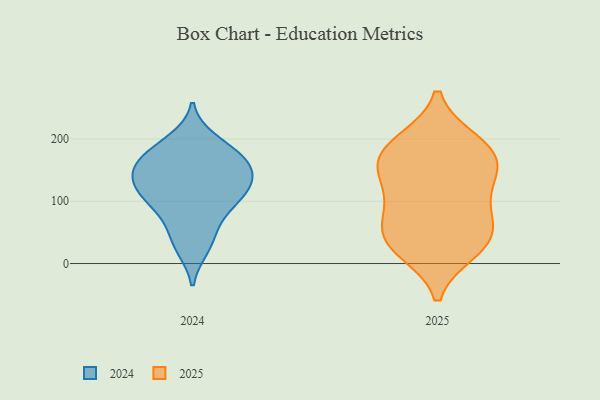
{"axis": {"x": "Latency (ms)", "y": "Value"}, "legend": ["2024", "2025"], "data": [{"x": "", "y": 90, "type": "2024"}, {"x": "", "y": 123, "type": "2024"}, {"x": "", "y": 85, "type": "2024"}, {"x": "", "y": 32, "type": "2024"}, {"x": "", "y": 121, "type": "2024"}, {"x": "", "y": 58, "type": "2024"}, {"x": "", "y": 124, "type": "2024"}, {"x": "", "y": 163, "type": "2024"}, {"x": "", "y": 160, "type": "2024"}, {"x": "", "y": 178, "type": "2024"}, {"x": "", "y": 148, "type": "2024"}, {"x": "", "y": 198, "type": "2024"}, {"x": "", "y": 188, "type": "2024"}, {"x": "", "y": 151, "type": "2024"}, {"x": "", "y": 25, "type": "2024"}, {"x": "", "y": 159, "type": "2024"}, {"x": "", "y": 116, "type": "2024"}, {"x": "", "y": 109, "type": "2024"}, {"x": "", "y": 67, "type": "2025"}, {"x": "", "y": 47, "type": "2025"}, {"x": "", "y": 91, "type": "2025"}, {"x": "", "y": 113, "type": "2025"}, {"x": "", "y": 195, "type": "2025"}, {"x": "", "y": 29, "type": "2025"}, {"x": "", "y": 40, "type": "2025"}, {"x": "", "y": 167, "type": "2025"}, {"x": "", "y": 157, "type": "2025"}, {"x": "", "y": 22, "type": "2025"}, {"x": "", "y": 193, "type": "2025"}, {"x": "", "y": 169, "type": "2025"}, {"x": "", "y": 139, "type": "2025"}]}